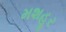
મશહૂર